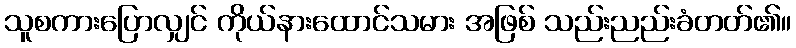
သူစကားပြောလျှင် ကိုယ်နားထောင်သမား အဖြစ် သည်းညည်းခံတတ်၏။